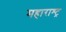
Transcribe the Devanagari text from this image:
महाराश्ट्र